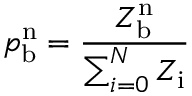
p _ { \mathrm { b } } ^ { \mathrm { n } } = \frac { Z _ { \mathrm { b } } ^ { \mathrm { n } } } { \sum _ { i = 0 } ^ { N } Z _ { \mathrm { i } } }